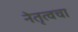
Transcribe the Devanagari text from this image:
नेतृत्वचा